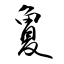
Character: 夐